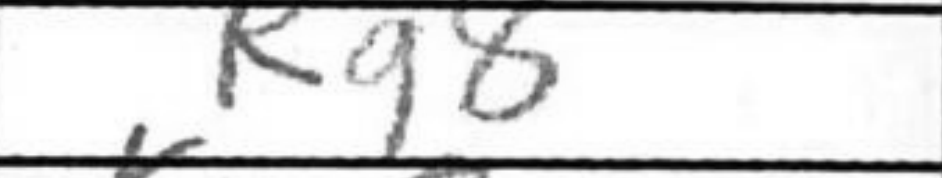
Transcription: Rg8